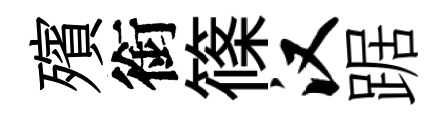
殯銜篠汉踞